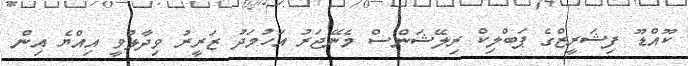
ކޫއްޑޫ ފިޝަރީޒްގެ ޕަބްލިކް ރިލޭޝަންސް މެނޭޖަރު އަހުމަދު ޒަރީރު ވިދާޅުވީ އިއްޔެ އިން